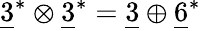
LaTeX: \underline{{{3}}}^{*}\otimes\underline{{{3}}}^{*}=\underline{{{3}}}\oplus\underline{{{6}}}^{*}